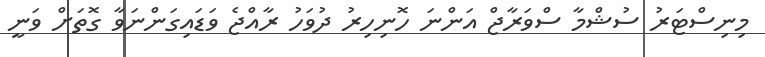
މިނިސްޓަރު ސުޝްމާ ސްވަރާޖް އަންނަ ހޮނިހިރު ދުވަހު ރާއްޖެ ވަޑައިގަންނަވާ ގޮތަށް ވަނީ